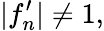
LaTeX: |f_{n}^{\prime}|\neq 1,